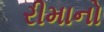
રીમાનો